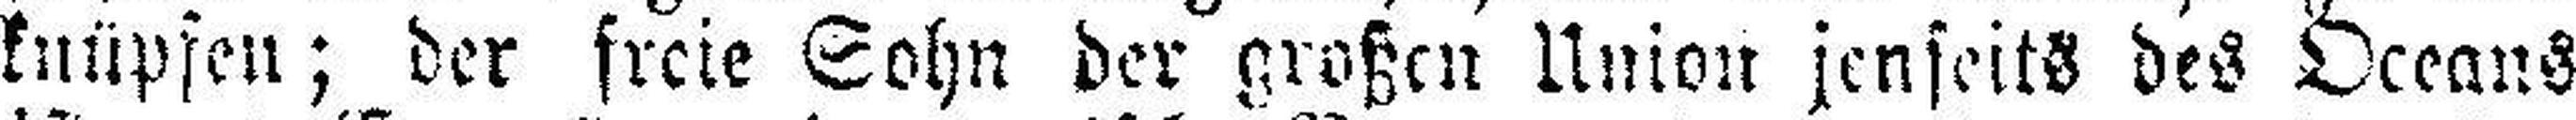
knüpfen; der freie Sohn der großen Union jenseits des Oceans